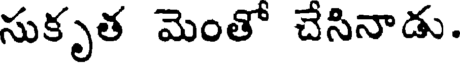
సుకృత మెంతో చేసినాడు.